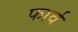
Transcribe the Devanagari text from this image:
फार्व